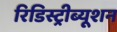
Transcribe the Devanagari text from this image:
रिडिस्ट्रीब्यूशन